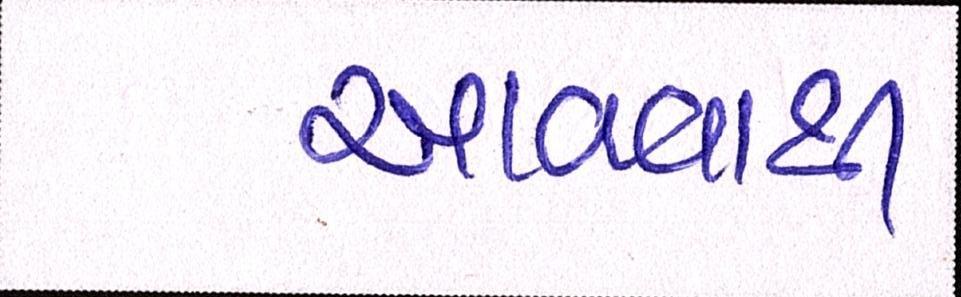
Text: આવવાથી